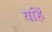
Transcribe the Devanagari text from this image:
यहिं